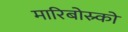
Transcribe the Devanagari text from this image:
मारिबोस्र्को